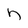
Character: n